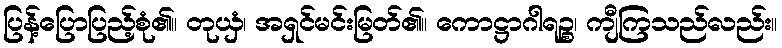
ပြန့်ပြောပြည့်စုံ၏။ တုယှံ၊ အရှင်မင်းမြတ်၏။ ကောဋ္ဌာဂါရဉ္စ၊ ကျီကြသည်လည်း။